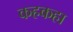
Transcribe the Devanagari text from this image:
कहकहा